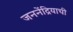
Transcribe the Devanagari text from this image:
जननेंद्रियाची